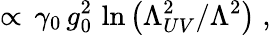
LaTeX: \propto\, \gamma_{0}\, g_{0}^{2}\, \ln\left(\Lambda_{UV}^{2}/\Lambda^{2}\right)\; ,